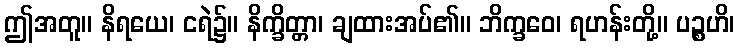
ဤအတူ။ နိရယေ၊ ငရဲ၌။ နိက္ခိတ္တာ၊ ချထားအပ်၏။ ဘိက္ခဝေ၊ ရဟန်းတို့။ ပဉ္စဟိ၊